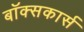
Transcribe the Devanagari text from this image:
बॉक्सकार्स